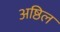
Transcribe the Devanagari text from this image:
अष्ठिल